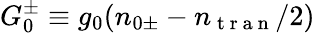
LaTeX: G_{0}^{\pm}\equiv g_{0}(n_{0\pm}-n_{\mathrm{~t~r~a~n~}}/2)